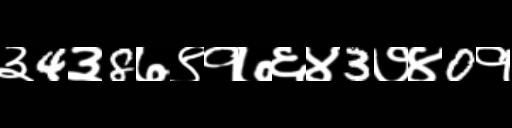
Text: ३4३8७९१७६४3७४0१